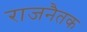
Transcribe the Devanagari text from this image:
राजनैतक